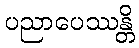
ပညာပေဿန္တိ